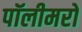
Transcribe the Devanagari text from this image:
पॉलीमरों